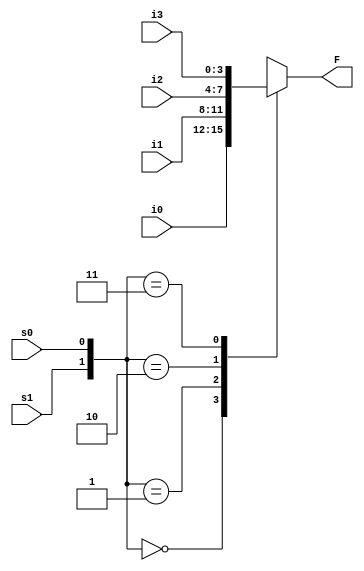
`timescale 1ns/100ps

module MUX(i0,i1,i2,i3,s1,s0,F);
 
 input [3:0] i0,i1,i2,i3;
 input s1,s0;
 output reg [3:0]F;
 
 always@(i0 or i1 or i2 or i3 or s1 or s0)
  
   case({s1,s0})
        2'b00: 
 		  F=i0;
        2'b01:
 		  F=i1;
        2'b10:
 	 	 F=i2;
        2'b11: 
  		 F=i3;
   endcase
 
endmodule